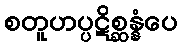
စတူဟပ္ပဋိစ္ဆန္နံပေ